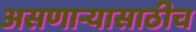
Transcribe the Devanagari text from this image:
असणार्‍यासाठीच